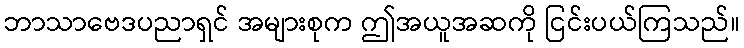
ဘာသာဗေဒပညာရှင် အများစုက ဤအယူအဆကို ငြင်းပယ်ကြသည်။